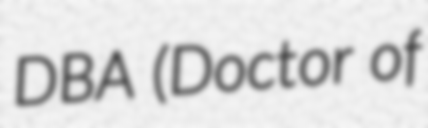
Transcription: DBA (Doctor of